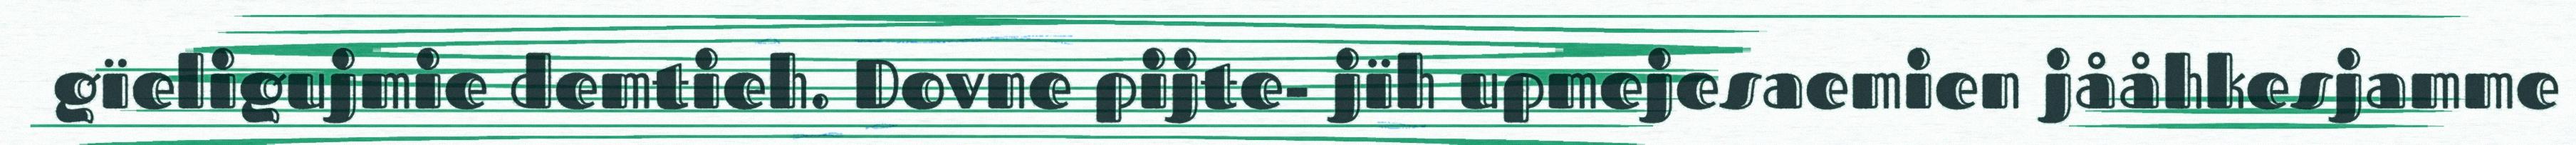
gïeligujmie demtieh. Dovne pijte- jïh upmejesaemien jååhkesjamme